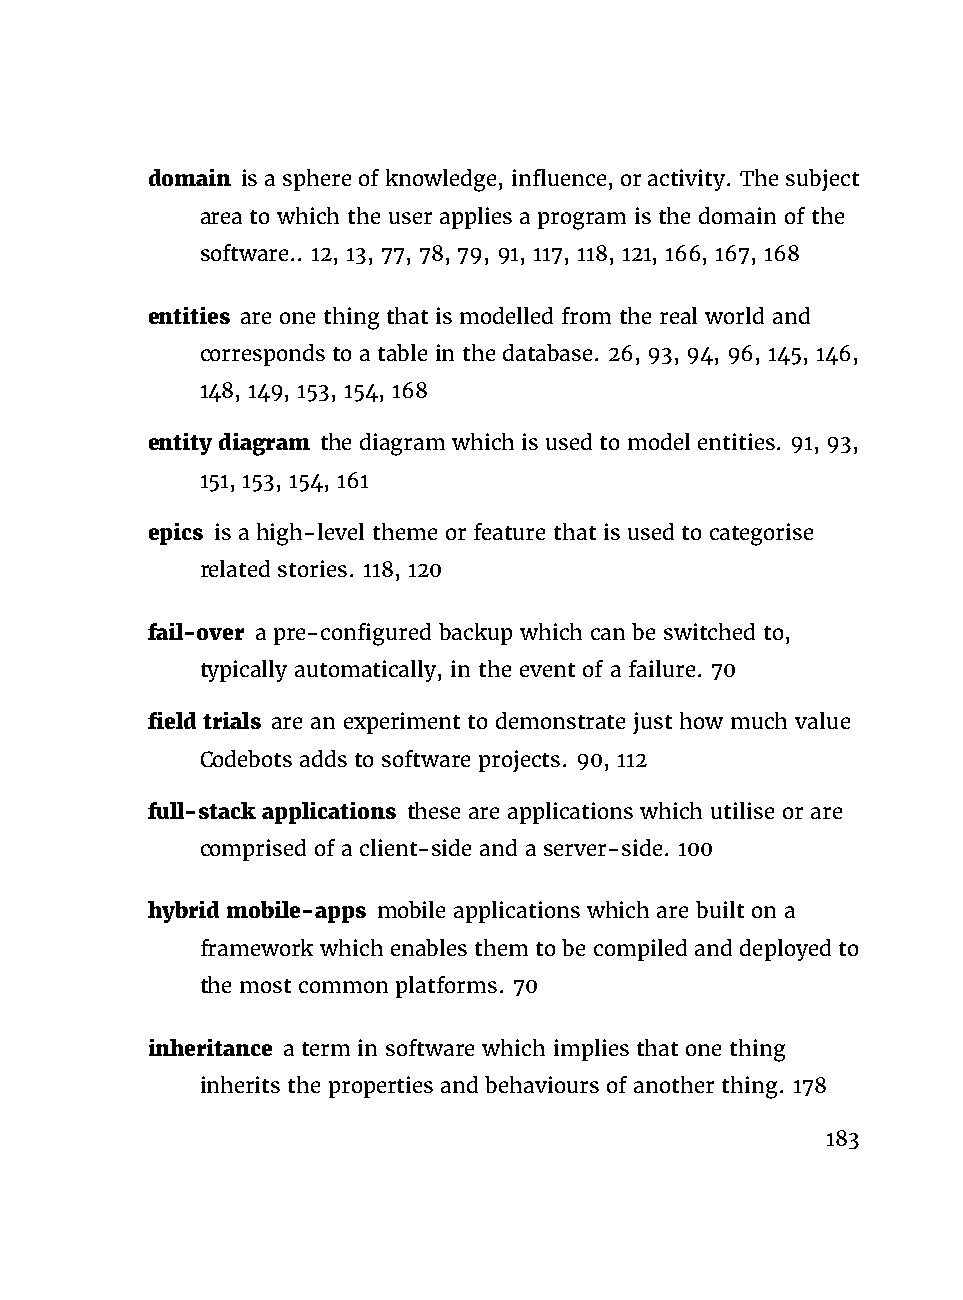
domain isasphereofknowledge,influence,oractivity. Thesubject
 area to which the user applies a program is the domain of the
 software.. 12, 13, 77, 78, 79, 91, 117, 118, 121, 166, 167, 168
 entities are one thing that is modelled from the real world and
 corresponds to a table in the database. 26, 93, 94, 96, 145, 146,
 148, 149, 153, 154, 168
 entity diagram the diagram which is used to model entities. 91, 93,
 151, 153, 154, 161
 epics is a high-level theme or feature that is used to categorise
 related stories. 118, 120
 fail-over a pre-configured backup which can be switched to,
 typically automatically, in the event of a failure. 70
 field trials are an experiment to demonstrate just how much value
 Codebots adds to software projects. 90, 112
 full-stack applications these are applications which utilise or are
 comprised of a client-side and a server-side. 100
 hybrid mobile-apps mobile applications which are built on a
 framework which enables them to be compiled and deployed to
 the most common platforms. 70
 inheritance a term in software which implies that one thing
 inherits the properties and behaviours of another thing. 178
 183